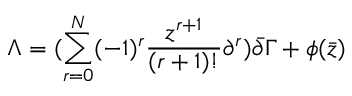
\Lambda = ( \sum _ { r = 0 } ^ { N } ( - 1 ) ^ { r } \frac { z ^ { r + 1 } } { ( r + 1 ) ! } \partial ^ { r } ) \bar { \partial } \Gamma + \phi ( \bar { z } )